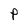
Character: P